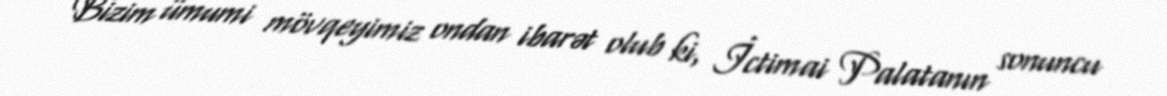
Bizim ümumi mövqeyimiz ondan ibarət olub ki, İctimai Palatanın sonuncu